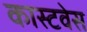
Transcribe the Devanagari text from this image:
कास्टवेस